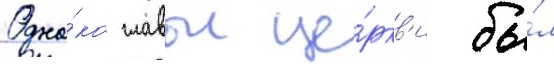
Одна́ко главои це́ркв'и бы́л